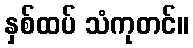
နှစ်ထပ် သံကုတင်။